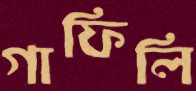
গাফিলি